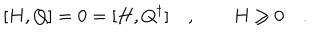
[ H , Q ] = 0 = [ H , Q ^ { \dagger } ] \quad , \qquad H \geq 0 \quad .